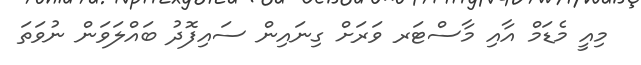
މިއީ މެޑަމް އާއި މާސްޓަރ ވަރަށް ގިނައިން ސައިފޮދު ބައްލަވަން ނުވަތަ